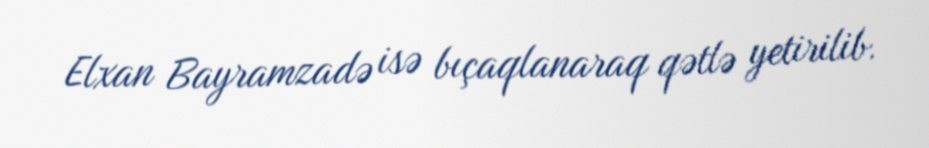
Elxan Bayramzadə isə bıçaqlanaraq qətlə yetirilib.